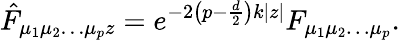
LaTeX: \hat{F}_{\mu_{1}\mu_{2}\ldots\mu_{p}z}=e^{-2\left(p-\frac{d}{2}\right)k|z|}F_{\mu_{1}\mu_{2}\ldots\mu_{p}}.